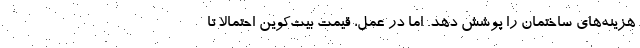
هزینه‌های ساختمان را پوشش دهد. اما در عمل، قیمت بیت‌کوین احتمالا تا